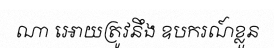
ណា អោយត្រូវនឹង ឧបករណ៍ខ្លួន